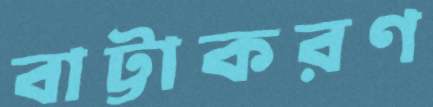
বাট্টাকরণ